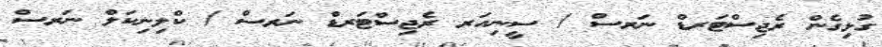
ގުޅިގެން ރެޖިސްޓަރޑް ނަރސް / ސީނިއަރ ރެޖިސްޓަރޑް ނަރސް / ކްލިނިކަލް ނަރސް